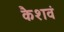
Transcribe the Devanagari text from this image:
कैशवं